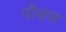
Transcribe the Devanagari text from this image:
पौसण